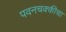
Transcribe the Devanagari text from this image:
पवनचक्कीचा